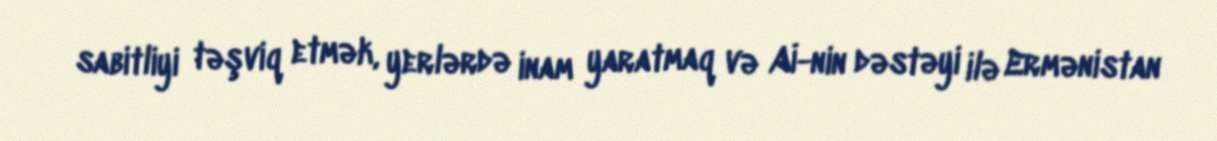
sabitliyi təşviq etmək, yerlərdə inam yaratmaq və Aİ-nin dəstəyi ilə Ermənistan